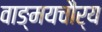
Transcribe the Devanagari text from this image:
वाङ्‌मयचौर्य